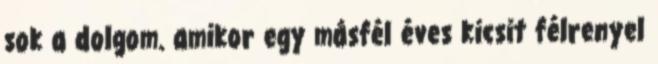
sok a dolgom. amikor egy másfél éves kicsit félrenyel